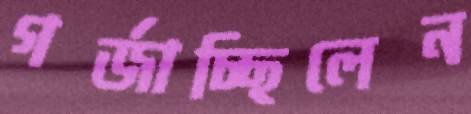
গর্‌জাচ্ছিলেন